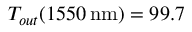
T _ { o u t } ( 1 5 5 0 \, \mathrm { n m } ) = 9 9 . 7 \, \